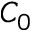
C _ { 0 }